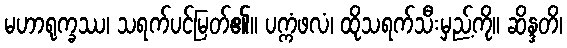
မဟာရုက္ခဿ၊ သရက်ပင်မြတ်၏။ ပက္ကံဖလံ၊ ထိုသရက်သီးမှည့်ကို။ ဆိန္ဒတိ၊